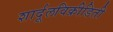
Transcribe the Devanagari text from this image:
शार्दूलविक्रीडिती